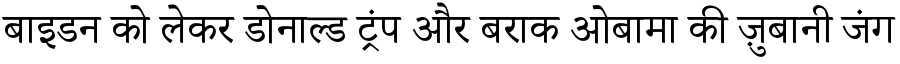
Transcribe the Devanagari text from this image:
बाइडन को लेकर डोनाल्ड ट्रंप और बराक ओबामा की ज़ुबानी जंग